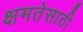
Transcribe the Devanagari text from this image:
क्षमतेसाठी